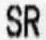
SR